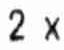
2 X